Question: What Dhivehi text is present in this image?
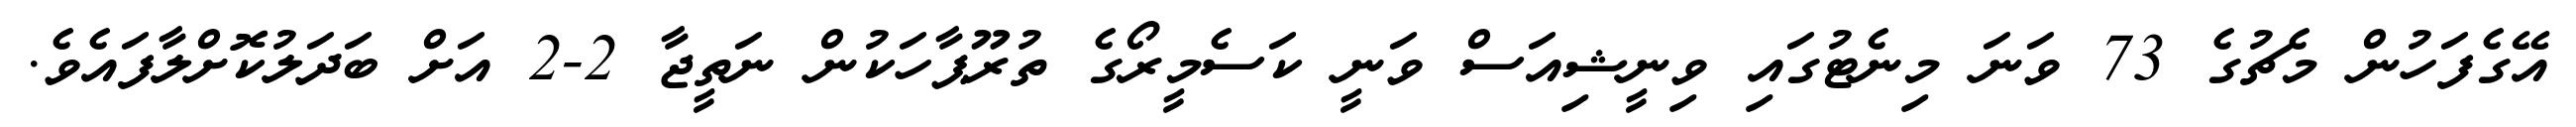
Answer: އޭގެފަހުން މެޗުގެ 73 ވަނަ މިނެޓުގައި ވިނީޝިއަސް ވަނީ ކަސެމީރޯގެ ތުރޫޕާހަކުން ނަތީޖާ 2-2 އަށް ބަދަލުކޮށްލާފައެވެ.